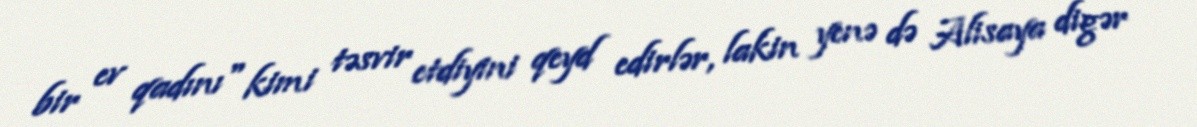
bir ev qadını" kimi təsvir etdiyini qeyd edirlər, lakin yenə də Alisaya digər